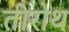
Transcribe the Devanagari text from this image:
तीरोथ